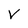
Character: V